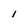
Character: l